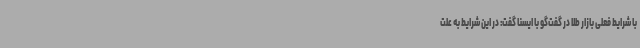
با شرایط فعلی بازار طلا در گفت‌گو با ایسنا گفت: در این شرایط به علت